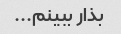
بذار ببینم...